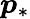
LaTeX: \boldsymbol{p}_{\ast}